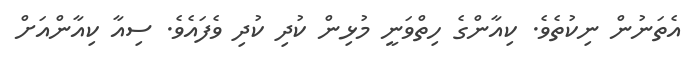
އެތަނުން ނިކުތެވެ. ކިއާންގެ ހިތްވަނީ މުޅިން ކުދި ކުދި ވެފައެވެ. ސިއާ ކިއާންއަށް